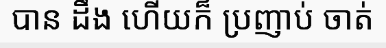
បាន ដឹង ហើយក៏ ប្រញាប់ ចាត់